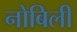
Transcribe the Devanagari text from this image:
नोबिली